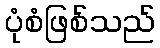
ပုံစံဖြစ်သည်